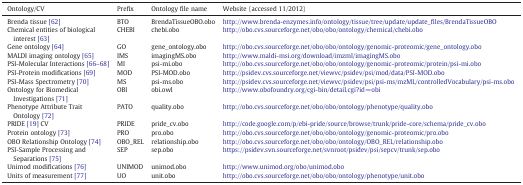
<table><thead><tr><td><b>Ontology/CV</b></td><td><b>Prefix</b></td><td><b>Ontology file name</b></td><td><b>Website (accessed 11/2012)</b></td></tr></thead><tbody><tr><td>Brenda tissue [62]</td><td>BTO</td><td>BrendaTissueOBO.obo</td><td>http://www.brenda-enzymes.info/ontology/tissue/tree/update/update_files/BrendaTissueOBO</td></tr><tr><td>Chemical entities of biological interest [63]</td><td>CHEBI</td><td>chebi.obo</td><td>http://obo.cvs.sourceforge.net/obo/obo/ontology/chemical/chebi.obo</td></tr><tr><td>Gene ontology [64]</td><td>GO</td><td>gene_ontology.obo</td><td>http://obo.cvs.sourceforge.net/obo/obo/ontology/genomic-proteomic/gene_ontology.obo</td></tr><tr><td>MALDI imaging ontology [65]</td><td>IMS</td><td>imagingMS.obo</td><td>http://www.maldi-msi.org/download/imzml/imagingMS.obo</td></tr><tr><td>PSI-Molecular Interactions [66–68]</td><td>MI</td><td>psi-mi.obo</td><td>http://obo.cvs.sourceforge.net/obo/obo/ontology/genomic-proteomic/protein/psi-mi.obo</td></tr><tr><td>PSI-Protein modifications [69]</td><td>MOD</td><td>PSI-MOD.obo</td><td>http://psidev.cvs.sourceforge.net/viewvc/psidev/psi/mod/data/PSI-MOD.obo</td></tr><tr><td>PSI-Mass Spectrometry [70]</td><td>MS</td><td>psi-ms.obo</td><td>http://psidev.cvs.sourceforge.net/viewvc/psidev/psi/psi-ms/mzML/controlledVocabulary/psi-ms.obo</td></tr><tr><td>Ontology for Biomedical Investigations [71]</td><td>OBI</td><td>obi.owl</td><td>http://www.obofoundry.org/cgi-bin/detail.cgi?id=obi</td></tr><tr><td>Phenotype Attribute Trait Ontology [72]</td><td>PATO</td><td>quality.obo</td><td>http://obo.cvs.sourceforge.net/obo/obo/ontology/phenotype/quality.obo</td></tr><tr><td>PRIDE [19] CV</td><td>PRIDE</td><td>pride_cv.obo</td><td>http://code.google.com/p/ebi-pride/source/browse/trunk/pride-core/schema/pride_cv.obo</td></tr><tr><td>Protein ontology [73]</td><td>PRO</td><td>pro.obo</td><td>http://obo.cvs.sourceforge.net/obo/obo/ontology/genomic-proteomic/pro.obo</td></tr><tr><td>OBO Relationship Ontology [74]</td><td>OBO_REL</td><td>relationship.obo</td><td>http://obo.cvs.sourceforge.net/obo/obo/ontology/OBO_REL/relationship.obo</td></tr><tr><td>PSI-Sample Processing and Separations [75]</td><td>SEP</td><td>sep.obo</td><td>https://psidev.svn.sourceforge.net/svnroot/psidev/psi/sepcv/trunk/sep.obo</td></tr><tr><td>Unimod modifications [76]</td><td>UNIMOD</td><td>unimod.obo</td><td>http://www.unimod.org/obo/unimod.obo</td></tr><tr><td>Units of measurement [77]</td><td>UO</td><td>unit.obo</td><td>http://obo.cvs.sourceforge.net/obo/obo/ontology/phenotype/unit.obo</td></tr></tbody></table>